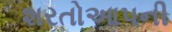
શરતોઆપની